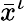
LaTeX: {\bar{x}}^{\iota}